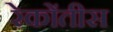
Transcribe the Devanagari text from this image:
रेकोंतीस